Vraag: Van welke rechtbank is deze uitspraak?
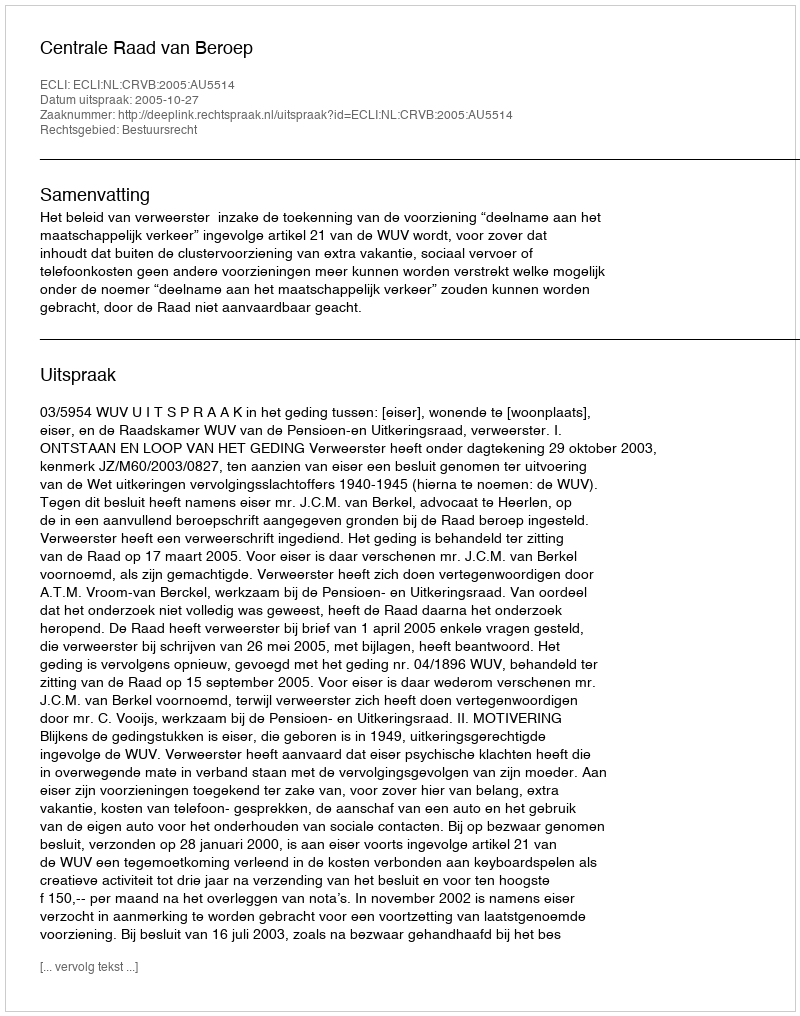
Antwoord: Centrale Raad van Beroep